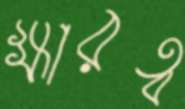
ক্ষারত্ব